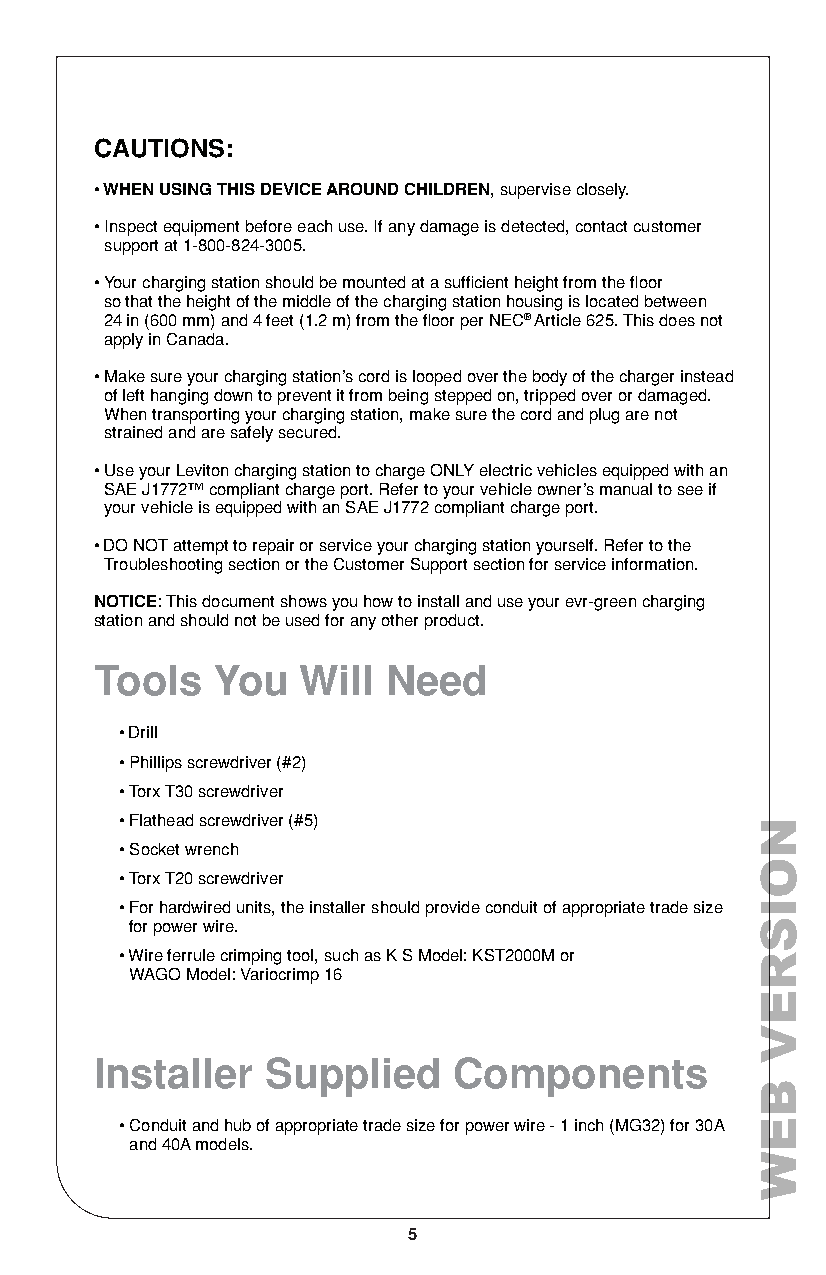
CAUTIONS:
 • WHEN USING THIS DEVICE AROUND CHILDREN, supervise closely.
 • Inspect equipment before each use. If any damage is detected, contact customer
 support at 1-800-824-3005.
 • Your charging station should be mounted at a sufficient height from the floor
 so that the height of the middle of the charging station housing is located between
 24 in (600 mm) and 4 feet (1.2 m) from the floor per NEC® Article 625. This does not
 apply in Canada.
 • Make sure your charging station’s cord is looped over the body of the charger instead
 of left hanging down to prevent it from being stepped on, tripped over or damaged.
 When transporting your charging station, make sure the cord and plug are not
 strained and are safely secured.
 • Use your Leviton charging station to charge ONLY electric vehicles equipped with an
 SAE J1772™ compliant charge port. Refer to your vehicle owner’s manual to see if
 your vehicle is equipped with an SAE J1772 compliant charge port.
 • DO NOT attempt to repair or service your charging station yourself. Refer to the
 Troubleshooting section or the Customer Support section for service information.
 NOTICE: This document shows you how to install and use your evr-green charging
 station and should not be used for any other product.
 Tools   You   Will Need
 • Drill
 • Phillips screwdriver (#2)
 • Torx T30 screwdriver
 • Flathead screwdriver (#5)
 • Socket wrench
 • Torx T20 screwdriver
 • For hardwired units, the installer should provide conduit of appropriate trade size
 for power wire.
 • Wire ferrule crimping tool, such as K S Model: KST2000M or
 WAGO Model: Variocrimp 16
 Installer   Supplied    Components
 • Conduit and hub of appropriate trade size for power wire - 1 inch (MG32) for 30A
 and 40A models.
 5
 NOISREV
 BEW